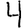
Digit: 4